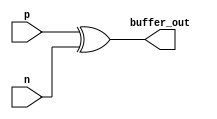
module differential_buffer(
    input p, n,
    output buffer_out
);

assign buffer_out = p ^ n;

endmodule